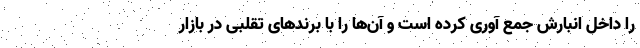
را داخل انبارش جمع آوری کرده است و آن‌ها را با برندهای تقلبی در بازار